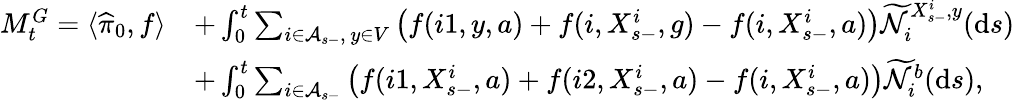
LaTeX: \begin{array}{rl}{M_{t}^{G}=\langle\widehat{\pi}_{0},f\rangle}&{+\int_{0}^{t}\sum_{i\in\mathcal A_{s-},\, y\in V}\left(f(i1,y,a)+f(i,X_{s-}^{i},g)-f(i,X_{s-}^{i},a)\right)\widetilde{\mathcal N}_{i}^{X_{s-}^{i},y}(\mathrm{d}s)}\\ &{+\int_{0}^{t}\sum_{i\in\mathcal A_{s-}}\left(f(i1,X_{s-}^{i},a)+f(i2,X_{s-}^{i},a)-f(i,X_{s-}^{i},a)\right)\widetilde{\mathcal N}_{i}^{b}(\mathrm{d}s),}\end{array}